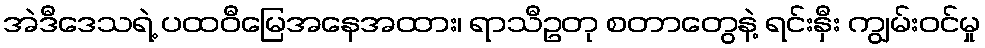
အဲဒီဒေသရဲ့ ပထဝီမြေအနေအထား၊ ရာသီဥတု စတာတွေနဲ့ ရင်းနှီး ကျွမ်းဝင်မှု